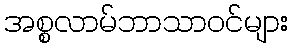
အစ္စလာမ်ဘာသာဝင်များ